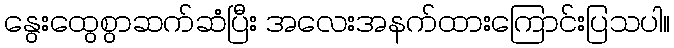
နွေးထွေစွာဆက်ဆံပြီး အလေးအနက်ထားကြောင်းပြသပါ။